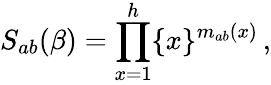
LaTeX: S_{ab}(\beta)=\prod_{x=1}^{h}\{ x\} ^{m_{ab}(x)}\, ,